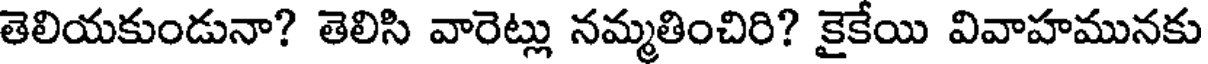
తెలియకుండునా? తెలిసి వారెట్లు నమ్మతించిరి? కైకేయి వివాహమునకు